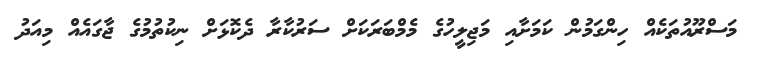
މަސްރޫއުތަކެއް ހިންގަމުން ކަމަށާއި މަޖިލީހުގެ މެމްބަރަކަށް ސަރުކާރާ ދެކޮޅަށް ނިކުތުމުގެ ޖާގައެއް މިއަދު